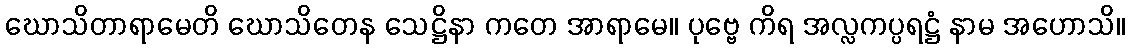
ဃောသိတာရာမေတိ ဃောသိတေန သေဋ္ဌိနာ ကတေ အာရာမေ။ ပုဗ္ဗေ ကိရ အလ္လကပ္ပရဋ္ဌံ နာမ အဟောသိ။